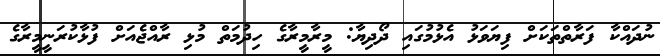
ނުދައްކާ ފަރާތްތަކަށް ފިޔަވަޅު އެޅުމުގައި ދޯދިޔާ: މީރާމީރާގެ ހިދުމަތް މުޅި ރާއްޖެއަށް ފުޅާކުރަނީމީރާގެ